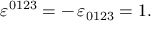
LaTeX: \varepsilon ^ { 0 1 2 3 } = - \, \varepsilon _ { 0 1 2 3 } = 1 .